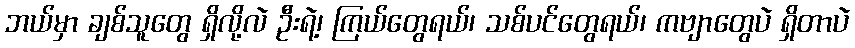
ဘယ်မှာ ချစ်သူတွေ ရှိလို့လဲ ဦးရဲ့၊ ကြယ်တွေရယ်၊ သစ်ပင်တွေရယ်၊ ကဗျာတွေပဲ ရှိတာပဲ